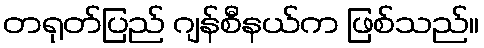
တရုတ်ပြည် ဂျန်စီနယ်က ဖြစ်သည်။